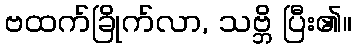
ဗထက်ခြိုက်လာ, သဗ္ဘိ ပြီး၏။